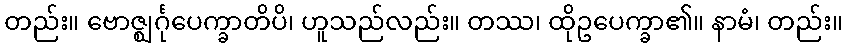
တည်း။ ဗောဇ္ဈင်္ဂုပေက္ခာတိပိ၊ ဟူသည်လည်း။ တဿ၊ ထိုဥပေက္ခာ၏။ နာမံ၊ တည်း။